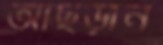
আছড়ান